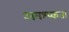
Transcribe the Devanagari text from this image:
अवश्य्कता